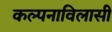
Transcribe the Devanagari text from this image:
कल्पनाविलासी